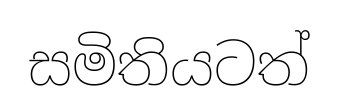
සමිතියටත්